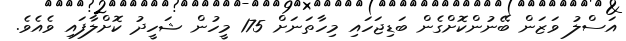
އަސްލު ވަޒަން ބޭނުންކޮށްގެން ބަޑިޖަހައި މިހާތަނަށް 175 މީހުން ޝަހީދު ކޮށްލާފައި ވެއެވެ.